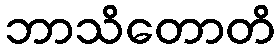
ဘာသိတောတိ